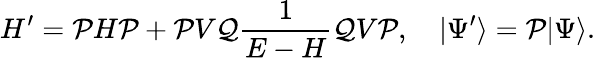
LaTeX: H^{\prime}={\cal P}H{\cal P}+{\cal P}V{\cal Q}\frac{1}{E-H}{\cal Q}V{\cal P},\quad|\Psi^{\prime}\rangle={\cal P}|\Psi\rangle.